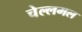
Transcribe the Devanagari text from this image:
चेल्लमल